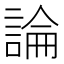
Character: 論